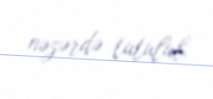
nəzərdə tutulub.